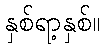
နှစ်ရာ့နှစ်။